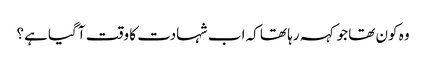
وہ کون تھا جو کہہ رہا تھا کہ اب شہادت کا وقت آ گیا ہے؟